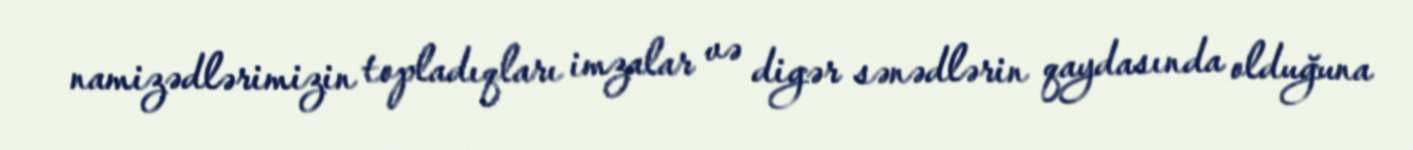
namizədlərimizin topladıqları imzalar və digər sənədlərin qaydasında olduğuna